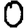
Digit: 0